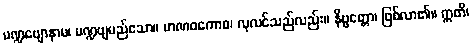
မဏ္ဍဗျောနာမ၊ မဏ္ဍဗျမည်သော။ မာဏဝကောစ၊ လုလင်သည်လည်း။ နိဗ္ဗတ္တော၊ ဖြစ်လာ၏။ ဣတိ၊